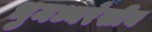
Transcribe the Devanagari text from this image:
भुमध्यरेखीय